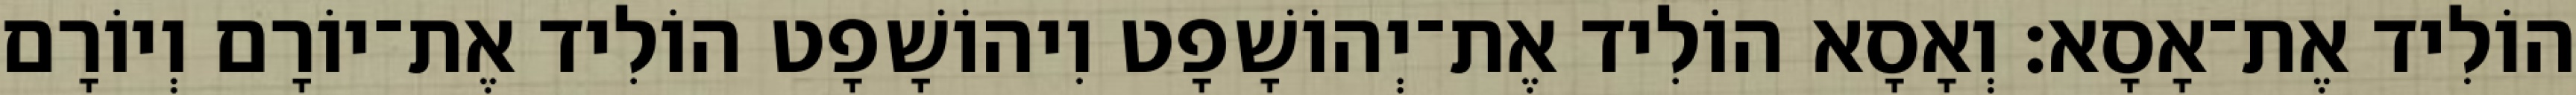
הוֹלִיד אֶת־אָסָא׃ וְאָסָא הוֹלִיד אֶת־יְהוֹשָׁפָט וִיהוֹשָׁפָט הוֹלִיד אֶת־יוֹרָם וְיוֹרָם